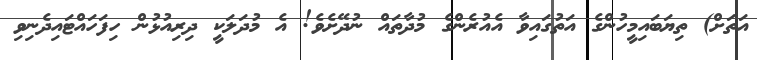
އަތަށް) ތިޔަބައިމީހުންގެ އަތުގައިވާ އެއުރެންގެ މުދާތައް ނުދޭށެވެ! އެ މުދަލަކީ ދިރިއުޅުން ހިފަހައްޓައިދެނިވި